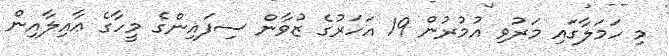
މި ހަމަލާގައި މަރުވި އުމުރުން 19 އަހަރުގެ ޒުވާން ސިފައިންގެ މީހާގެ ޢާއިލާއިން